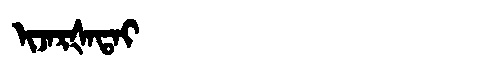
Manchu: ᡳᠵᠠᡵᡧᠠᡨᠠᡳ
Romanization: IJARŠATAI